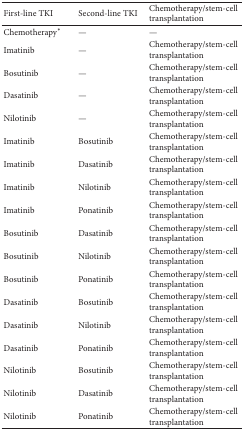
<table><thead><tr><td><b>First-line TKI</b></td><td><b>Second-line TKI</b></td><td><b>Chemotherapy/stem-cell transplantation</b></td></tr></thead><tbody><tr><td>Chemotherapy<sup><i>∗</i></sup></td><td>—</td><td>—</td></tr><tr><td>Imatinib</td><td>—</td><td>Chemotherapy/stem-cell transplantation</td></tr><tr><td>Bosutinib</td><td>—</td><td>Chemotherapy/stem-cell transplantation</td></tr><tr><td>Dasatinib</td><td>—</td><td>Chemotherapy/stem-cell transplantation</td></tr><tr><td>Nilotinib</td><td>—</td><td>Chemotherapy/stem-cell transplantation</td></tr><tr><td>Imatinib</td><td>Bosutinib</td><td>Chemotherapy/stem-cell transplantation</td></tr><tr><td>Imatinib</td><td>Dasatinib</td><td>Chemotherapy/stem-cell transplantation</td></tr><tr><td>Imatinib</td><td>Nilotinib</td><td>Chemotherapy/stem-cell transplantation</td></tr><tr><td>Imatinib</td><td>Ponatinib</td><td>Chemotherapy/stem-cell transplantation</td></tr><tr><td>Bosutinib</td><td>Dasatinib</td><td>Chemotherapy/stem-cell transplantation</td></tr><tr><td>Bosutinib</td><td>Nilotinib</td><td>Chemotherapy/stem-cell transplantation</td></tr><tr><td>Bosutinib</td><td>Ponatinib</td><td>Chemotherapy/stem-cell transplantation</td></tr><tr><td>Dasatinib</td><td>Bosutinib</td><td>Chemotherapy/stem-cell transplantation</td></tr><tr><td>Dasatinib</td><td>Nilotinib</td><td>Chemotherapy/stem-cell transplantation</td></tr><tr><td>Dasatinib</td><td>Ponatinib</td><td>Chemotherapy/stem-cell transplantation</td></tr><tr><td>Nilotinib</td><td>Bosutinib</td><td>Chemotherapy/stem-cell transplantation</td></tr><tr><td>Nilotinib</td><td>Dasatinib</td><td>Chemotherapy/stem-cell transplantation</td></tr><tr><td>Nilotinib</td><td>Ponatinib</td><td>Chemotherapy/stem-cell transplantation</td></tr></tbody></table>